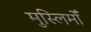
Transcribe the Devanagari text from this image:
मुस्लिमोँ